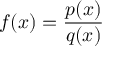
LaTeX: f ( x ) = { \frac { p ( x ) } { q ( x ) } }